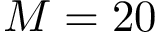
M = 2 0